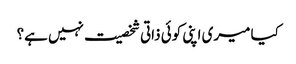
کیا میری اپنی کوئی ذاتی شخصیت نہیں ہے؟